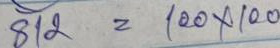
812 = 100 x 100